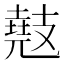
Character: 𫾤